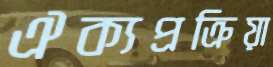
ঐক্যপ্রক্রিয়া